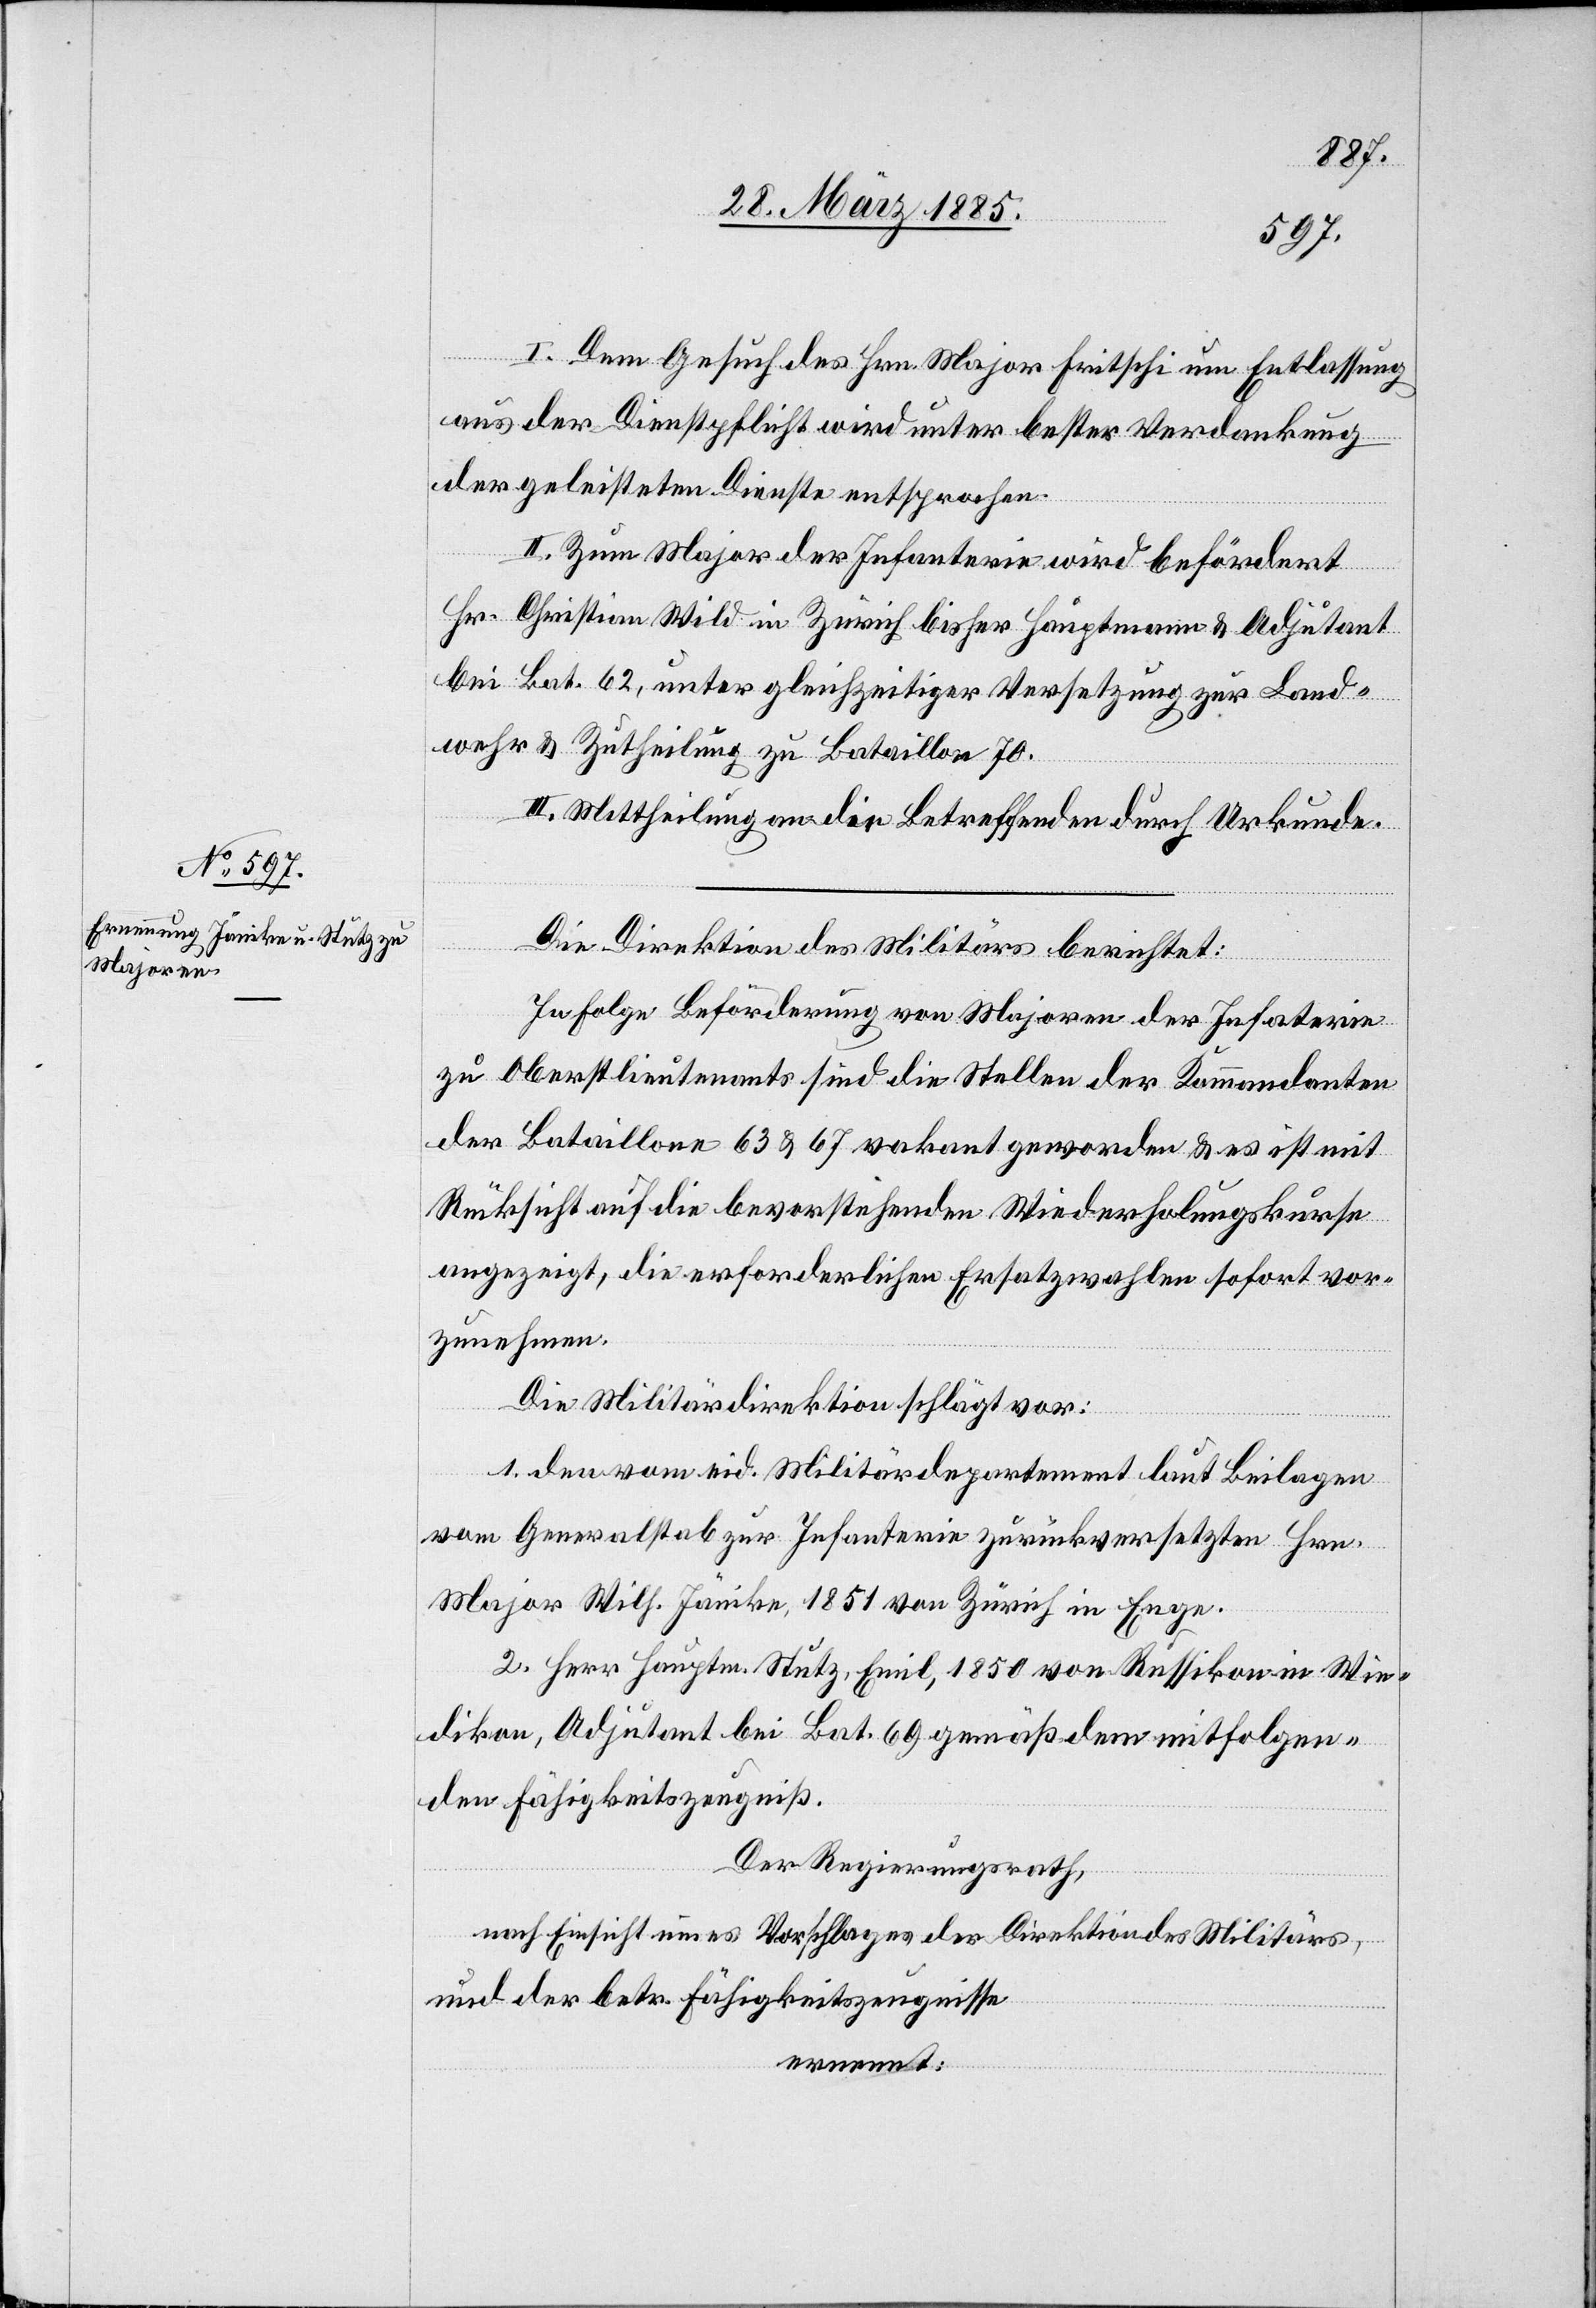
I. Dem Gesuch des Hrn. Major Fritschi um Entlassung
aus der Dienstpflicht wird unter bester Verdankung
der geleisteten Dienste entsprochen.
II. Zum Major der Infanterie wird befördert
Hr. Christian Wild in Zürich bisher Hauptmann & Adjutant
bei Bat. 62, unter gleichzeitiger Versetzung zur Land¬
wehr & Zutheilung zu Bataillon 70.
III. Mittheilung an die Betreffenden durch Urkunde.
Die Direktion des Militärs berichtet:
In Folge Beförderung von Majoren der Infa[n]terie
zu Oberstlieutenants sind die Stellen der Kommandanten
der Bataillone 63 & 67 vakant geworden & es ist mit
Rücksicht auf die bevorstehenden Wiederholungskurse
angezeigt, die erforderlichen Ersatzwahlen sofort vor¬
zunehmen.
Die Militärdirektion schlägt vor:
1. den vom eid. Militärdepartement laut Beilagen
vom Generalstab zur Infanterie zurückversetzten Hrn.
Major Wilh. Jänike, 1851 von Zürich in Enge.
2. Herr Hauptm. Stutz, Emil, 1850 von Russikon in Wie¬
dikon, Adjutant bei Bat. 69 gemäß dem mitfolgen¬
den Fähigkeitszeugniß.
Der Regierungsrath,
nach Einsicht eines Vorschlages der Direktion des Militärs,
und der betr. Fähigkeitszeugnisse
ernennt: